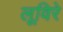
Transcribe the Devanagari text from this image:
लूविरे